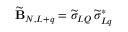
\widetilde { \bf B } _ { N , L + q } = \widetilde \sigma _ { L Q } \, \widetilde \sigma _ { L q } ^ { * }